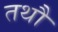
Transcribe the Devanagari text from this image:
तथौ